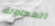
المحاولة